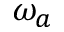
\omega _ { a }